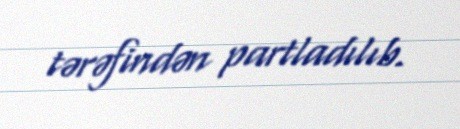
tərəfindən partladılıb.